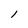
Character: l